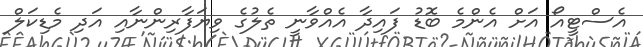
އެސްޓީއޯ އަށް އެންމެ ބޮޑު ފައިދާ އެއްވާނީ ތެލުގެ ވިޔަފާރިންނާއި އަދި މެޑިކަލް